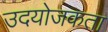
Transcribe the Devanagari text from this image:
उदयोजकता